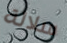
سلالة